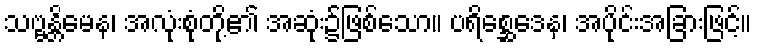
သဗ္ဗန္တိမေန၊ အလုံးစုံတို့၏ အဆုံး၌ဖြစ်သော။ ပရိစ္ဆေဒေန၊ အပိုင်းအခြားဖြင့်။